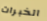
الخبرات